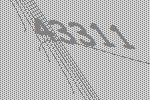
43311